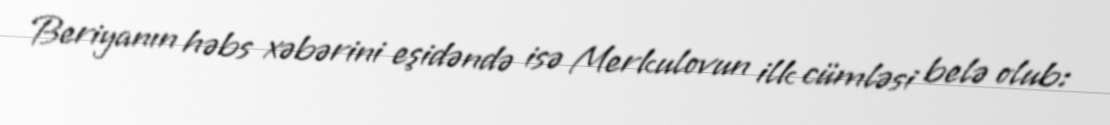
Beriyanın həbs xəbərini eşidəndə isə Merkulovun ilk cümləsi belə olub: